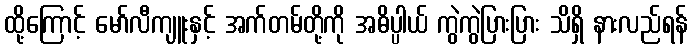
ထို့ကြောင့် မော်လီကျူးနှင့် အက်တမ်တို့ကို အဓိပ္ပါယ် ကွဲကွဲပြားပြား သိရှိ နားလည်ရန်